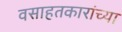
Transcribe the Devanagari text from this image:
वसाहतकारांच्या